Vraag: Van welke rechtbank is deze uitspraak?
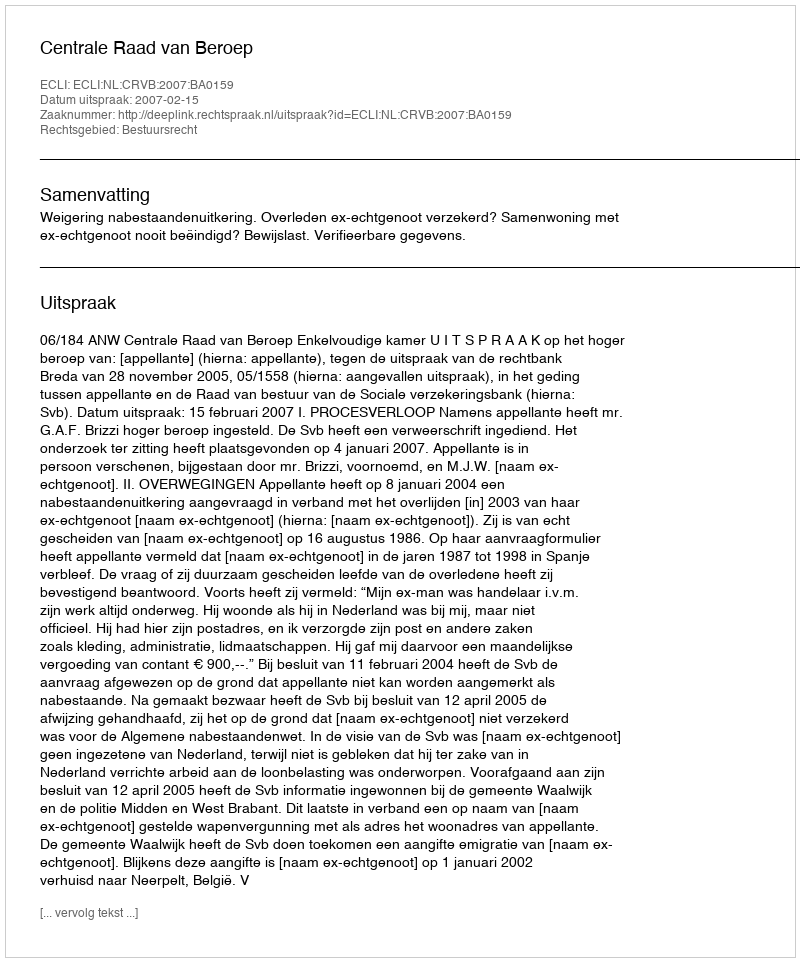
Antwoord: Centrale Raad van Beroep